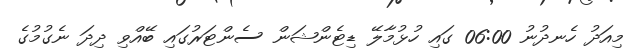
މިއަދު ހެނދުނު 06:00 ގައި ހުޅުމާލޭ ޑިޓެންޝަން ސެންޓަރުގައި ބޭއްވި ދިދަ ނެގުމުގެ